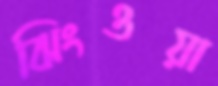
ঝিংওয়া